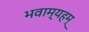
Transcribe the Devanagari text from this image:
भवाम्यहम्